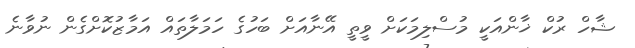
ޝާހް ރުކް ޚާންއަކީ މުސްލިމަކަށް ވީތީ އޭނާއަށް ބަހުގެ ހަމަލާތައް އަމާޒުކޮށްގެން ނުވާނެ